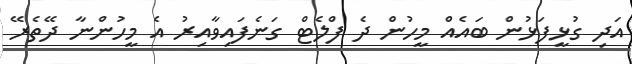
އަދި ގުޅީފަޅުން ބައެއް މީހުން ދެ ފްލެޓް ގަނެފައިވާއިރު އެ މީހުންނާ ދޭތެރޭ